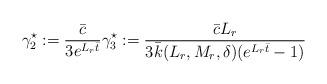
LaTeX: \begin{align*}\begin{aligned}\gamma_2^\star := \dfrac{\bar c}{3 e^{ L_r \bar{t}}}\gamma_3^\star := \dfrac{\bar c L_r }{3 \bar k(L_r,M_r, \delta) (e^{ L_r \bar{t}}-1)}\end{aligned}\end{align*}